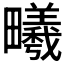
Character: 𪽦